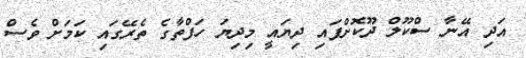
އަދި އޭނާ ސްކޫލް ދޫކޮށްފައި ދިޔައީ މިދިޔަ ހަފްތާގެ ތެރޭގައި ކަމަށް ވެސް